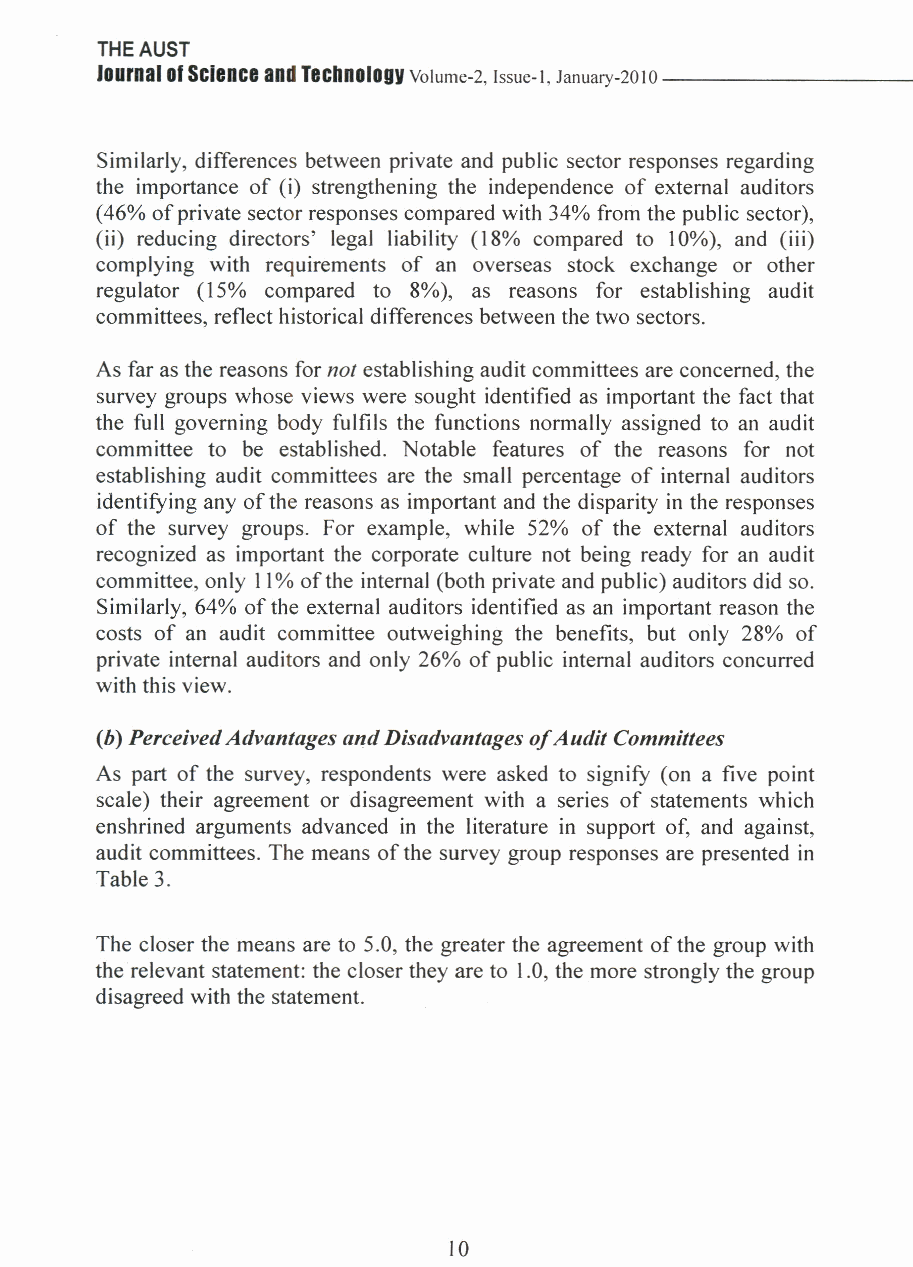
THE AUST
 Journal ofScience andTechnologv
 Volume-2, Issue-I, January-2010 --- _
 Similarly, differences between private and public sector responses regarding
 the importance of (i) strengthening the independence of external auditors
 (46% of private sector responses compared with 34% from the public sector),
 (ii) reducing directors' legal liability (18% compared to 10%), and (iii)
 complying with requirements of an overseas stock exchange or other
 regulator (15% compared to 8%), as reasons for establishing audit
 committees, reflect historical differences between the two sectors.
 As far as the reasons for not establishing audit committees are concerned, the
 survey groups whose views were sought identified as important the fact that
 the full governing body fulfils the functions normally assigned to an audit
 committee to be established. Notable features of the reasons for not
 establishing audit committees are the small percentage of internal auditors
 identifying any of the reasons as important and the disparity in the responses
 of the survey groups. For example, while 52% of the external auditors
 recognized as important the corporate culture not being ready for an audit
 committee, only 11% of the internal (both private and public) auditors did so.
 Similarly, 64% of the external auditors identified as an important reason the
 costs of an audit committee outweighing the benefits, but only 28% of
 private internal auditors and only 26% of public internal auditors concurred
 with this view.
 (b) Perceived Advantages and Disadvantages of Audit Committees
 As part of the survey, respondents were asked to signify (on a five point
 scale) their agreement or disagreement with a series of statements which
 enshrined arguments advanced in the literature in support of, and against,
 audit committees. The means of the survey group responses are presented in
 Table 3.
 The closer the means are to 5.0, the greater the agreement of the group with
 the relevant statement: the closer they are to 1.0, the more strongly the group
 disagreed with the statement.
 10